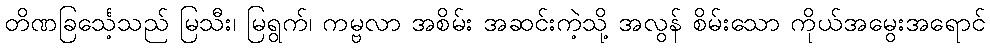
တိဏခြင်္သေ့သည် မြသီး၊ မြရွက်၊ ကမ္ဗလာ အစိမ်း အဆင်းကဲ့သို့ အလွန် စိမ်းသော ကိုယ်အမွေးအရောင်